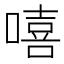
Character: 嘻